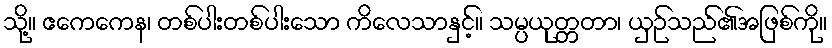
သို့။ ဧကေကေန၊ တစ်ပါးတစ်ပါးသော ကိလေသာနှင့်။ သမ္ပယုတ္တတာ၊ ယှဉ်သည်၏အဖြစ်ကို။